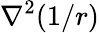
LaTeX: \nabla^{2}(1/r)